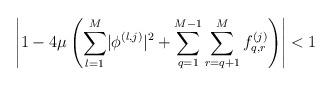
LaTeX: \begin{align*} \left\lvert 1-4 \mu\left(\sum_{l=1}^{M}\lvert\phi^{\left(l,j\right)}\rvert^2+\sum_{q=1}^{M-1}\sum_{r=q+1}^{M}f_{q,r}^{\left(j\right)}\right)\right\rvert<1\end{align*}